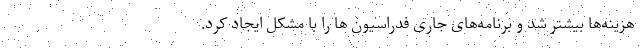
هزینه‌ها بیشتر شد و برنامه‌های جاری فدراسیون ها را با مشکل ایجاد کرد.